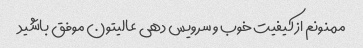
ممنونم از کیفیت خوب و سرویس دهی عالیتون موفق باشید